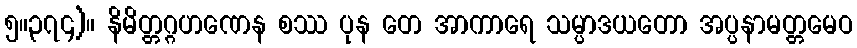
၅။၃၇၄)။ နိမိတ္တဂ္ဂဟဏေန စဿ ပုန တေ အာကာရေ သမ္ပာဒယတော အပ္ပနာမတ္တမေဝ